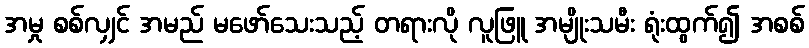
အမှု စစ်လျှင် အမည် မဖော်သေးသည့် တရားလို လူဖြူ အမျိုးသမီး ရုံးထွက်၍ အစစ်